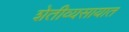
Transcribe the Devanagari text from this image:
शेतीव्यसायात